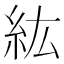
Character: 紘